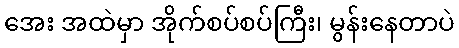
အေး အထဲမှာ အိုက်စပ်စပ်ကြီး၊ မွန်းနေတာပဲ